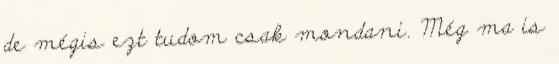
de mégis ezt tudom csak mondani. Még ma is